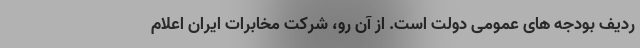
ردیف بودجه های عمومی دولت است. از آن رو، شرکت مخابرات ایران اعلام